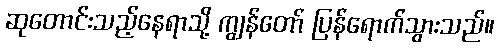
ဆုတောင်းသည့်နေရာသို့ ကျွန်တော် ပြန်ရောက်သွားသည်။